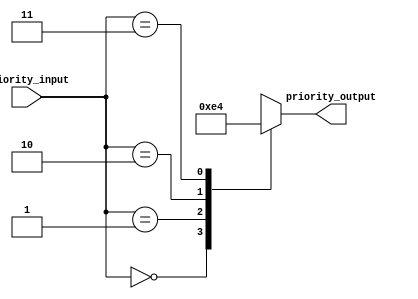
module priority_case_example (
    input wire [1:0] priority_input,
    output reg [1:0] priority_output
);

always @*
begin
    case (priority_input)
        2'b00: priority_output = 2'b11; // Highest priority condition
        2'b01: priority_output = 2'b10;
        2'b10: priority_output = 2'b01;
        2'b11: priority_output = 2'b00; // Lowest priority condition
    endcase
end

endmodule